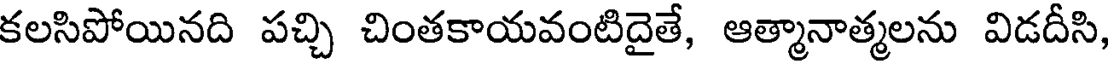
కలసిపోయినది పచ్చి చింతకాయవంటిదైతే, ఆత్మానాత్మలను విడదీసి,